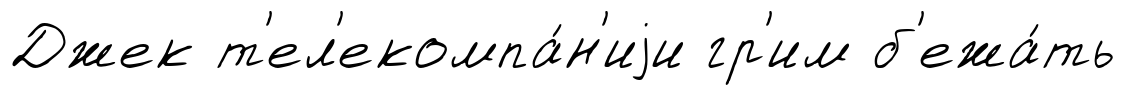
Джек т'ел'екомпа́н'иjи гр'им б'ежа́ть